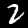
Digit: 2